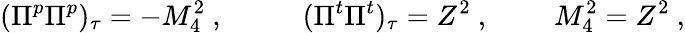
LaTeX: (\Pi^{p}\Pi^{p})_{\tau}=-M_{4}^{2}\ ,\ \ \ \qquad(\Pi^{t}\Pi^{t})_{\tau}=Z^{2}\ ,\ \qquad M_{4}^{2}=Z^{2}\ ,